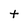
Character: t